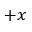
+ x